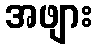
အဖျား